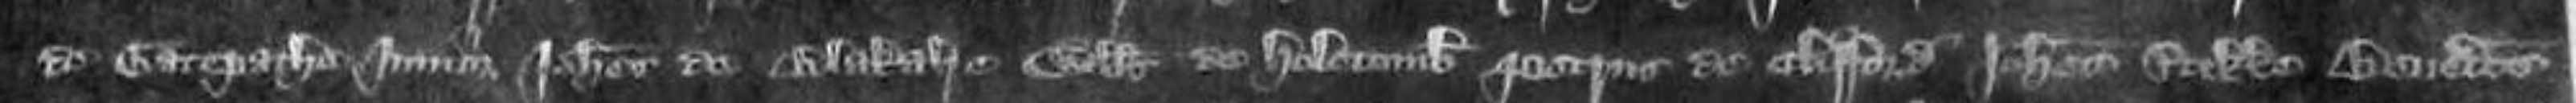
de Gatepathe junior Johannes de BlakalreWillelmus de Hosecomb Petrus de Clifford Johannes Stikle Benedictus